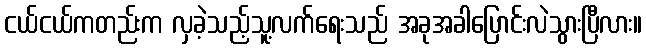
ငယ်ငယ်ကတည်းက လှခဲ့သည့်သူ့လက်ရေးသည် အခုအခါပြောင်းလဲသွားပြီလား။